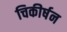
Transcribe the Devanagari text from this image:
चिकीर्षन